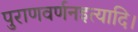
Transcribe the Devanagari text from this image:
पुराणवर्णनइत्यादि।